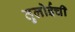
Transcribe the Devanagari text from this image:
तुलोईची